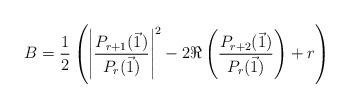
LaTeX: \begin{align*}B = \frac{1}{2}\left(\left|\frac{P_{r+1}(\vec{1})}{P_{r}(\vec{1})}\right|^2 -2\Re\left(\frac{P_{r+2}(\vec{1})}{P_r(\vec{1})}\right) + r\right)\end{align*}